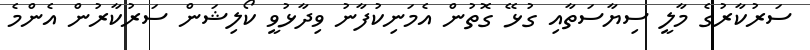
ސަރުކާރުގެ މާލީ ސިޔާސަތާއި ގުޅޭ ގޮތުން އެމަނިކުފާނު ވިދާޅުވީ ކޯލިޝަން ސަރުކާރުން އެންމެ